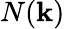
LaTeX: N({\mathbf k})